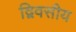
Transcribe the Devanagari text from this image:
द्विवसीय